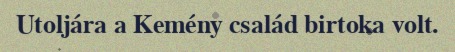
Utoljára a Kemény család birtoka volt.